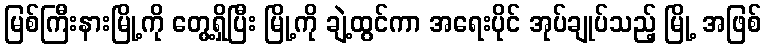
မြစ်ကြီးနားမြို့ကို တွေ့ရှိပြီး မြို့ကို ချဲ့ထွင်ကာ အရေးပိုင် အုပ်ချုပ်သည့် မြို့ အဖြစ်